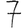
Digit: 7